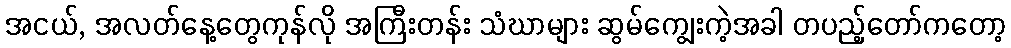
အငယ်, အလတ်နေ့တွေကုန်လို အကြီးတန်း သံဃာများ ဆွမ်ကျွေးကဲ့အခါ တပည့်တော်ကတော့